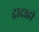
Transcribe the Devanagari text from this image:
दादाही